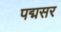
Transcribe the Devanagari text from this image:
पद्मसर